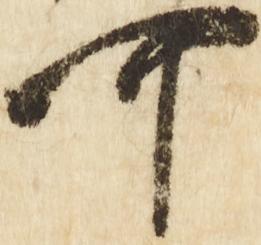
可